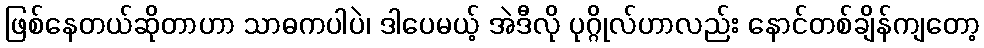
ဖြစ်နေတယ်ဆိုတာဟာ သာဓကပါပဲ၊ ဒါပေမယ့် အဲဒီလို ပုဂ္ဂိုလ်ဟာလည်း နောင်တစ်ချိန်ကျတော့